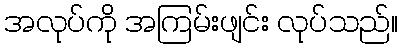
အလုပ်ကို အကြမ်းဖျင်း လုပ်သည်။